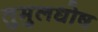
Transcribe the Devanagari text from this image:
तुमुलधोष